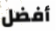
أفضل